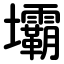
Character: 壩